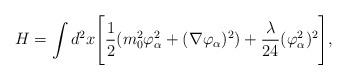
LaTeX: \begin{align*}H = \int d^2x \Biggl[{1 \over 2}( m_0^2 \varphi_{\alpha}^2 + (\nabla \varphi_{\alpha})^2) + {\lambda \over 24} (\varphi_{\alpha}^2)^2 \Biggr] , \\\end{align*}